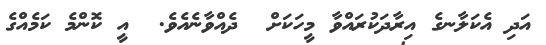
އަދި އެކަލާނގެ އިރާދަކުރައްވާ މީހަކަށް  ދެއްވާނެއެވެ.  އީ ކޮންމެ ކަމެއްގެ